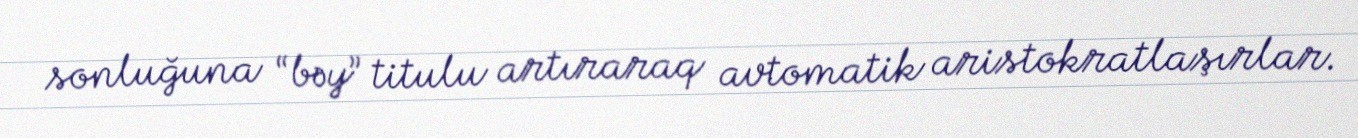
sonluğuna “bəy” titulu artıraraq avtomatik aristokratlaşırlar.